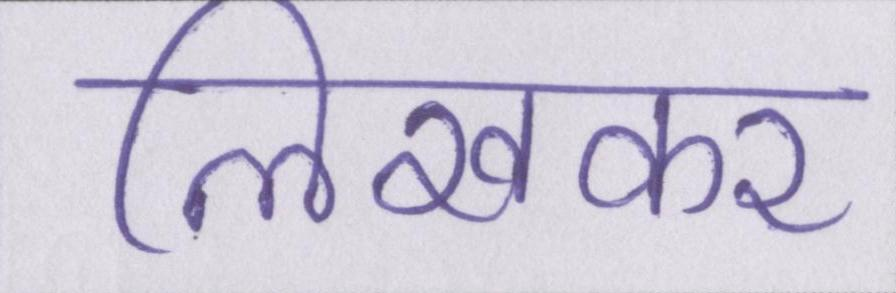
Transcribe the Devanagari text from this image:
लिखकर